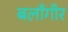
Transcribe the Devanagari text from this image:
बलाँगीर